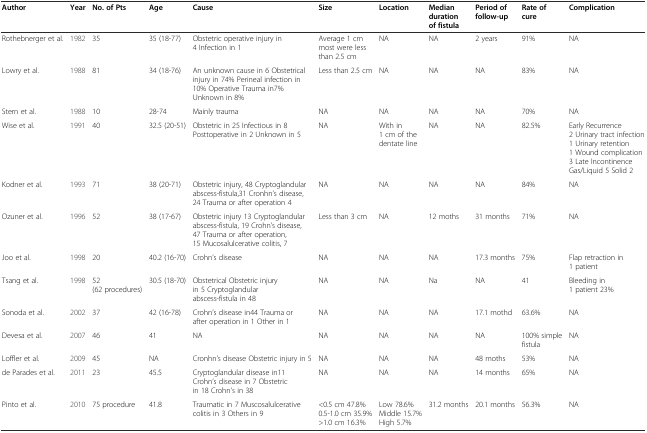
<table><thead><tr><td><b>Author</b></td><td><b>Year</b></td><td><b>No. of Pts</b></td><td><b>Age</b></td><td><b>Cause</b></td><td><b>Size</b></td><td><b>Location</b></td><td><b>Median duration of fistula</b></td><td><b>Period of follow-up</b></td><td><b>Rate of cure</b></td><td><b>Complication</b></td></tr></thead><tbody><tr><td>Rothebnerger et al.</td><td>1982</td><td>35</td><td>35 (18-77)</td><td>Obstetric operative injury in 4 Infection in 1</td><td>Average 1 cm most were less than 2.5 cm</td><td>NA</td><td>NA</td><td>2 years</td><td>91%</td><td>NA</td></tr><tr><td>Lowry et al.</td><td>1988</td><td>81</td><td>34 (18-76)</td><td>An unknown cause in 6 Obstetrical injury in 74% Perineal infection in 10% Operative Trauma in7% Unknown in 8%</td><td>Less than 2.5 cm</td><td>NA</td><td>NA</td><td>NA</td><td>83%</td><td>NA</td></tr><tr><td>Stern et al.</td><td>1988</td><td>10</td><td>28-74</td><td>Mainly trauma</td><td>NA</td><td>NA</td><td>NA</td><td>NA</td><td>70%</td><td>NA</td></tr><tr><td>Wise et al.</td><td>1991</td><td>40</td><td>32.5 (20-51)</td><td>Obstetric in 25 Infectious in 8 Posttoperative in 2 Unknown in 5</td><td>NA</td><td>With in 1 cm of the dentate line</td><td>NA</td><td>NA</td><td>82.5%</td><td>Early Recurrence 2 Urinary tract infection 1 Urinary retention 1 Wound complication 3 Late Incontinence Gas/Liquid 5 Solid 2</td></tr><tr><td>Kodner et al.</td><td>1993</td><td>71</td><td>38 (20-71)</td><td>Obstetric injury, 48 Cryptoglandular abscess-fistula,31 Cronhn’s disease, 24 Trauma or after operation 4</td><td>NA</td><td>NA</td><td>NA</td><td>NA</td><td>84%</td><td>NA</td></tr><tr><td>Ozuner et al.</td><td>1996</td><td>52</td><td>38 (17-67)</td><td>Obstetric injury 13 Cryptoglandular abscess-fistula, 19 Crohn’s disease, 47 Trauma or after operation, 15 Mucosalulcerative colitis, 7</td><td>Less than 3 cm</td><td>NA</td><td>12 moths</td><td>31 months</td><td>71%</td><td>NA</td></tr><tr><td>Joo et al.</td><td>1998</td><td>20</td><td>40.2 (16-70)</td><td>Crohn’s disease</td><td>NA</td><td>NA</td><td>NA</td><td>17.3 months</td><td>75%</td><td>Flap retraction in 1 patient</td></tr><tr><td>Tsang et al.</td><td>1998</td><td>52 (62 procedures)</td><td>30.5 (18-70)</td><td>Obstetrical Obstetric injury in 5 Cryptoglandular abscess-fistula in 48</td><td>NA</td><td>NA</td><td>Na</td><td>NA</td><td>41</td><td>Bleeding in 1 patient 23%</td></tr><tr><td>Sonoda et al.</td><td>2002</td><td>37</td><td>42 (16-78)</td><td>Crohn’s disease in44 Trauma or after operation in 1 Other in 1</td><td>NA</td><td>NA</td><td>NA</td><td>17.1 mothd</td><td>63.6%</td><td>NA</td></tr><tr><td>Devesa et al.</td><td>2007</td><td>46</td><td>41</td><td>NA</td><td>NA</td><td>NA</td><td>NA</td><td>NA</td><td>100% simple fistula</td><td>NA</td></tr><tr><td>Loffler et al.</td><td>2009</td><td>45</td><td>NA</td><td>Cronhn’s disease Obstetric injury in 5</td><td>NA</td><td>NA</td><td>NA</td><td>48 moths</td><td>53%</td><td>NA</td></tr><tr><td>de Parades et al.</td><td>2011</td><td>23</td><td>45.5</td><td>Cryptoglandular disease in11 Crohn’s disease in 7 Obstetric in 18 Crohn’s in 38</td><td>NA</td><td>NA</td><td>NA</td><td>14 months</td><td>65%</td><td>NA</td></tr><tr><td>Pinto et al.</td><td>2010</td><td>75 procedure</td><td>41.8</td><td>Traumatic in 7 Muscosalulcerative colitis in 3 Others in 9</td><td>&lt;0.5 cm 47.8% 0.5-1.0 cm 35.9%&gt;1.0 cm 16.3%</td><td>Low 78.6% Middle 15.7% High 5.7%</td><td>31.2 months</td><td>20.1 months</td><td>56.3%</td><td>NA</td></tr></tbody></table>